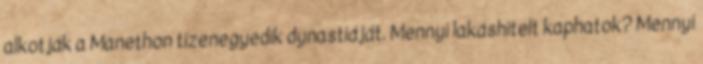
alkotják a Manethon tizenegyedik dynastiáját. Mennyi lakáshitelt kaphatok? Mennyi